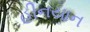
હીનયાન